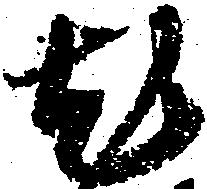
尤